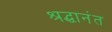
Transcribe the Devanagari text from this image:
श्रद्धानंत